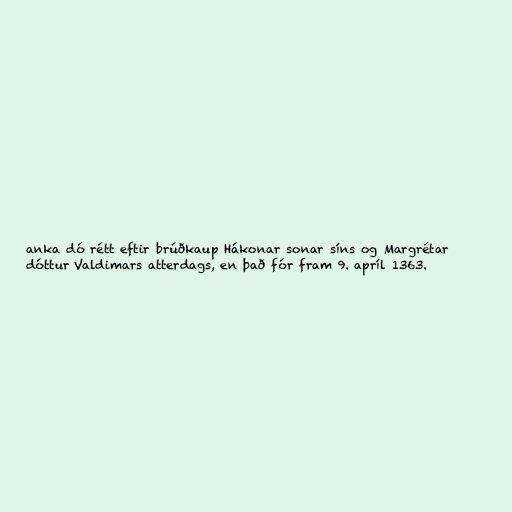
anka dó rétt eftir brúðkaup Hákonar sonar síns og Margrétar
dóttur Valdimars atterdags, en það fór fram 9. apríl 1363.